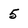
Character: 5